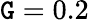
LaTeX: \mathtt{G}=0.2